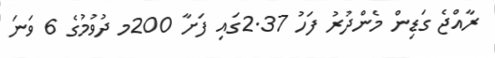
ރާއްޖެ ގަޑިން މެންދުރު ފަހު 2.37ގައި ފަށާ 200މ ދުވުމުގެ 6 ވަނަ